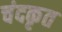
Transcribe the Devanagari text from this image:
चंदकृत